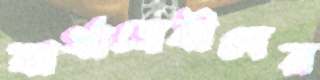
স্বার্থান্বেষীদের